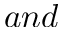
a n d